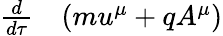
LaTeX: \begin{array}{rl}{\frac{d}{d\tau}}&{{}(mu^{\mu}+qA^{\mu})}\end{array}